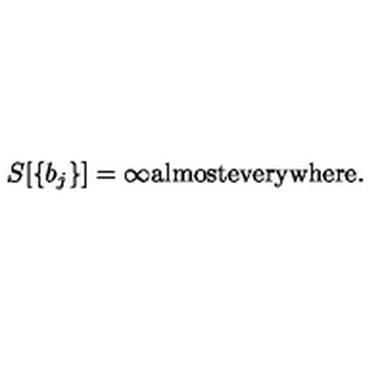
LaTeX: S [ \{ b _ { j } \} ] = \infty \mathrm { a l m o s t e v e r y w h e r e } .